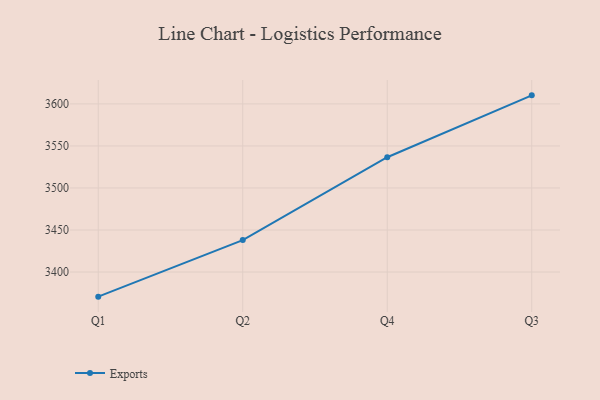
{"axis": {"x": "Quarter", "y": "Revenue (USD Million)"}, "legend": ["Exports"], "data": [{"x": "Q1", "y": 3370.7, "type": "Exports"}, {"x": "Q2", "y": 3438.0, "type": "Exports"}, {"x": "Q4", "y": 3536.6, "type": "Exports"}, {"x": "Q3", "y": 3610.2, "type": "Exports"}]}